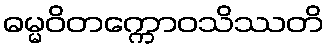
ဓမ္မဝိတက္ကောဝသိဿတိ